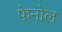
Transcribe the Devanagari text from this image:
फेनोल